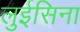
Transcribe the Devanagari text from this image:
लुईसिना